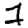
Digit: 1